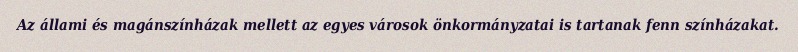
Az állami és magánszínházak mellett az egyes városok önkormányzatai is tartanak fenn színházakat.